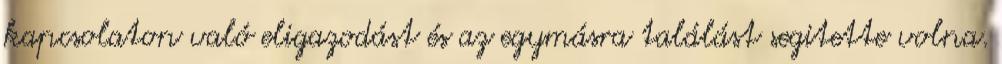
kapcsolaton való eligazodást és az egymásra találást segitette volna.